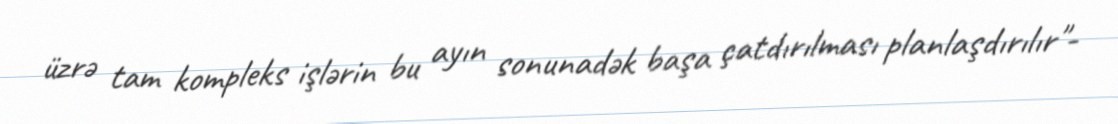
üzrə tam kompleks işlərin bu ayın sonunadək başa çatdırılması planlaşdırılır"-